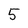
Character: 5